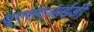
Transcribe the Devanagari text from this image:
यूएसएआईडी